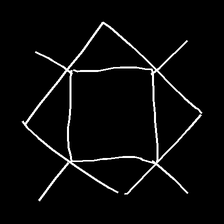
Glyph: light